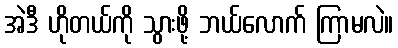
အဲဒီ ဟိုတယ်ကို သွားဖို့ ဘယ်လောက် ကြာမလဲ။